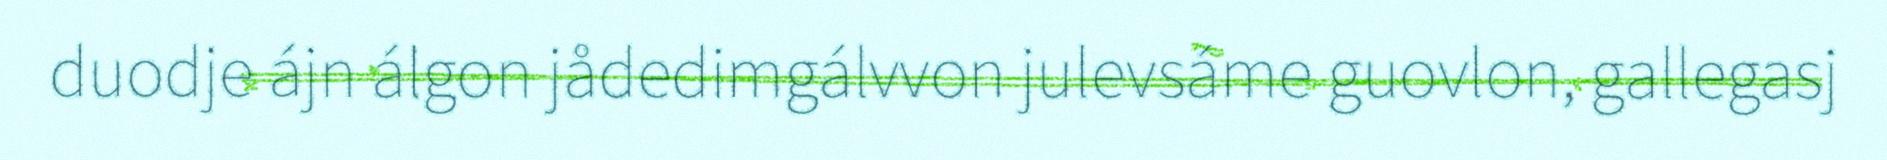
duodje ájn álgon jådedimgálvvon julevsáme guovlon, gallegasj